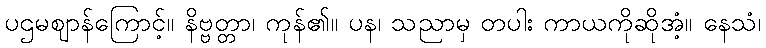
ပဌမဈာန်ကြောင့်။ နိဗ္ဗတ္တာ၊ ကုန်၏။ ပန၊ သညာမှ တပါး ကာယကိုဆိုအံ့။ နေသံ၊